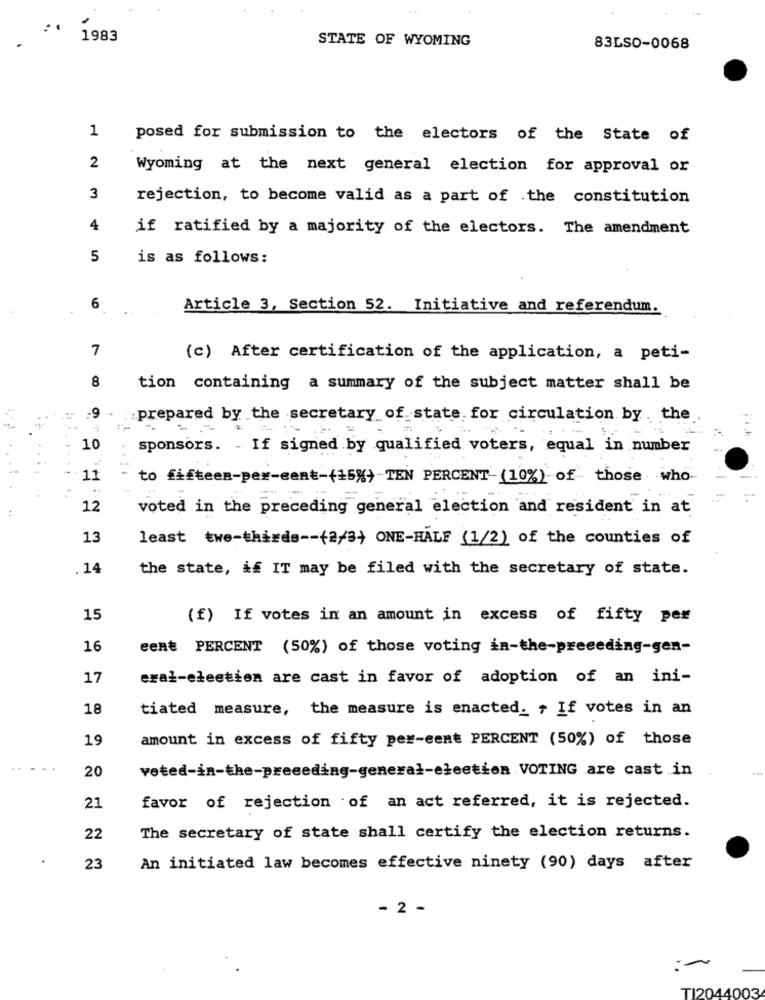
1983
STATE OF WYOMING
83LSO-0068
1
posed for submission to the electors of the State of
2
Wyoming at the next general election for approval or
3
rejection, to become valid as a part of the constitution
4
if ratified by a majority of the electors. The amendment
5
is as follows:
6
Article 3, Section 52. Initiative and referendum.
7
(c) After certification of the application, a peti-
8
tion containing a summary of the subject matter shall be
-9
prepared by the secretary of state for circulation by . the
10
sponsors. . If signed by qualified voters, equal in number
11
to fifteen-per-eent-(15%} TEN PERCENT- (10%) of those who
12
voted in the preceding general election and resident in at
13
least twe-thirds -- (2/3) ONE-HALF (1/2) of the counties of
14
the state, if IT may be filed with the secretary of state.
15
(f) If votes in an amount in excess of fifty per
16
eent PERCENT (50%) of those voting in-the-preceding-gen-
17
eral-election are cast in favor of adoption of an ini-
18
tiated measure, the measure is enacted. , If votes in an
19
amount in excess of fifty per-eene PERCENT (50%) of those
20
veted-in-the-preceding-general-election VOTING are cast in
21
favor of rejection of an act referred, it is rejected.
22
The secretary of state shall certify the election returns.
23
An initiated law becomes effective ninety (90) days after
- 2 -
TI2044003